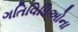
ગતિવિધિઅોના